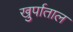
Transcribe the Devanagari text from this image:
खुर्पाताल